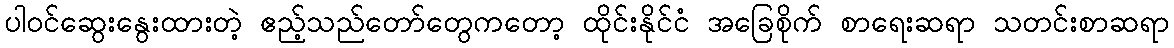
ပါဝင်ဆွေးနွေးထားတဲ့ ဧည့်သည်တော်တွေကတော့ ထိုင်းနိုင်ငံ အခြေစိုက် စာရေးဆရာ သတင်းစာဆရာ